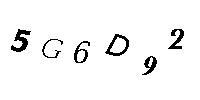
5G6D92